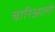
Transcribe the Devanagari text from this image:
चारिआली